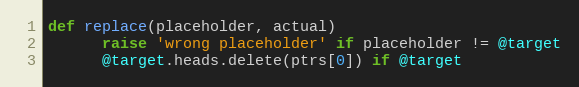
Language: Ruby
def replace(placeholder, actual)
      raise 'wrong placeholder' if placeholder != @target
      @target.heads.delete(ptrs[0]) if @target